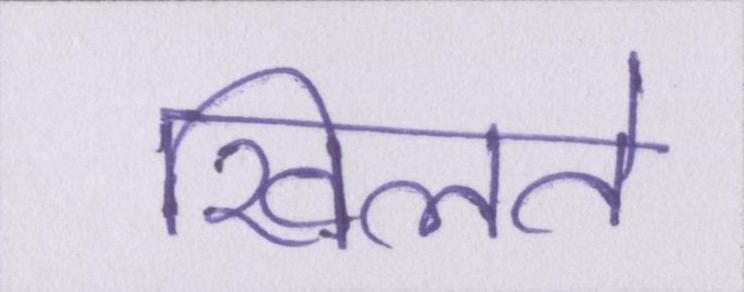
खिलते